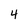
Character: 4